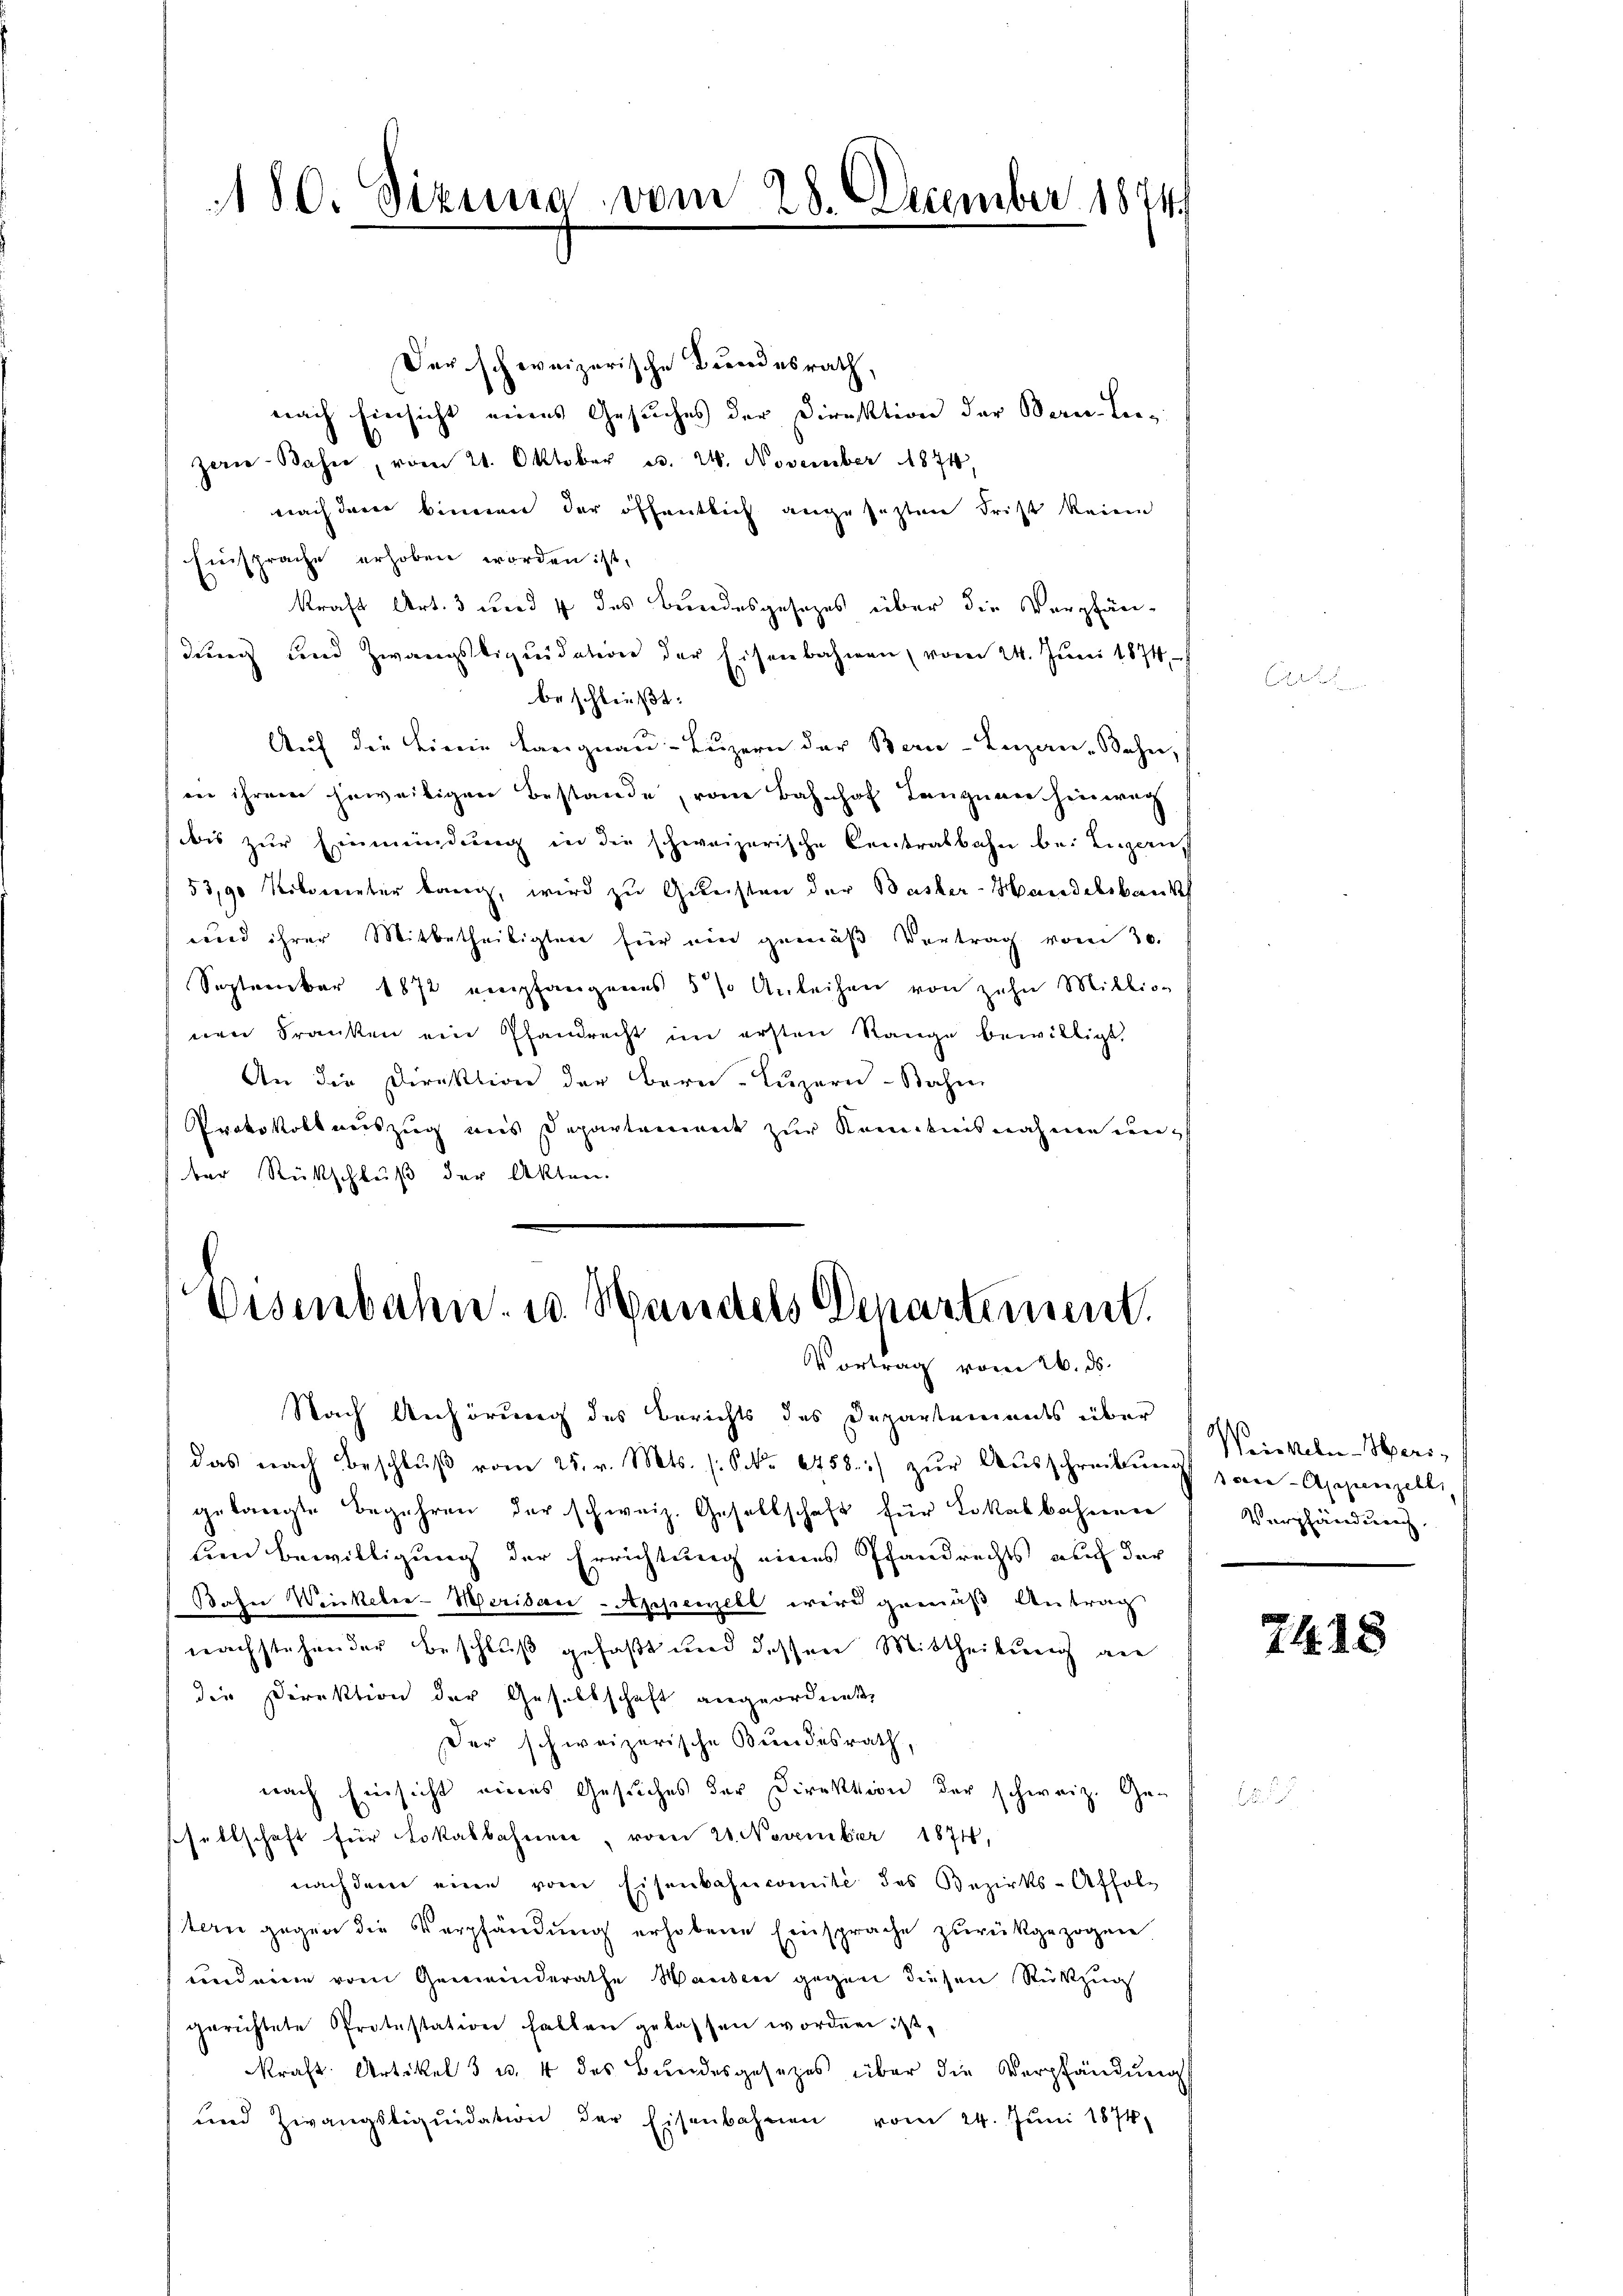
180. Sizung vom 28. December 1874.

Der schweizerische Bundesrath,
nach Einsicht eines Gesuches der Direktion der Bern-Leezan-Bahn, vom 21. Oktober es. 24. November 1874,
nach deren können der öffentlich angesezten Frist keine
Einsprache erhoben worden ist,
kraft Art. 3 und 4 des Bundesgesezes über die Verpfän-
dung und Zwangstiquidation der Eisenbahnen, vom 24. Juni 1874
beschließt:
Aŭf die Linie Langnau-Lŭzern der Bern-Luzan-Bahn,
an ihrem jeweibigen Bestande, vom Bahnhof Langnau hinweg
(bis zur Einmündung in die schweizerische Centralbahn bei Luzern,
53,90 Kilometer lang, wird zu Gunsten der Basler-Handelsbauk
und ihrer Mitbetheiligten für ein gemäβ Vertrag vom 30.
September 1872 empfangenes 5 % Anleihen von zehn Millio-
nen Franken ein Pfandrecht im ersten Range bewilligt.
An die Direktion der Bern Luzern - Bahn
Protokollauszug aus Departement zur Kenntnisnahme unber Rückschluß der Akten.

Eisenbahn- u. Handels Departement.
Vortrag vom 26. ds.

Nach Anhörung des Berichts des Departements über
das nach Beschlŭβ vom 25. v. Mts. (S. 6458.:/ zŭr Aŭsschreibŭng von Appenzell
gelangte Begehren der schweiz. Gesellschaft für Lokalbahnenen
Ein Bewilligung der Errichtung eines Pfandrechts auch der
Bahn Weinkeler-Meridau-Appenzell wird gemäß Antrag
nachstehender Beschluß gefaßt und dessen Mittheilung an
die Direktion der Gesellschaft angeordnet,
Der schweizerische Bundesrath,
nach Einsicht eines Gesuches der Direktion der schweiz. Ge-
ssellschaft für Lokalbahnen, vom 20. November 1874,
nach dem eine vom Eisenbahncomité des Bezirks-Affolstern gegen die Verpfändung erhobene Einsprache zurückgezogen
conderen vom Gemeinderathe Wanden gegen diesen Rückzug
gerichtete Protestation hatten gelassen worden ist,
kraft Artikel 3 u. 4 des Bŭndesgesetzes über die Verpfändung
und Zwangsliqŭidation der Eisenbahnen vom 24. Jŭni 1874

Weiskeler-Seri-
Verpfändung

7418